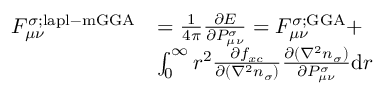
\begin{array} { r l } { F _ { \mu \nu } ^ { \sigma ; \mathrm { l a p l - m G G A } } } & { = \frac { 1 } { 4 \pi } \frac { \partial E } { \partial P _ { \mu \nu } ^ { \sigma } } = F _ { \mu \nu } ^ { \sigma ; \mathrm { G G A } } + } \\ & { \int _ { 0 } ^ { \infty } r ^ { 2 } \frac { \partial f _ { x c } } { \partial ( \nabla ^ { 2 } n _ { \sigma } ) } \frac { \partial ( \nabla ^ { 2 } n _ { \sigma } ) } { \partial P _ { \mu \nu } ^ { \sigma } } \mathrm { d } r } \end{array}